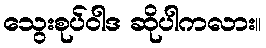
သွေးစုပ်ဝါဒ ဆိုပါကလား။